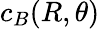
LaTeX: c_{B}(R,\theta)